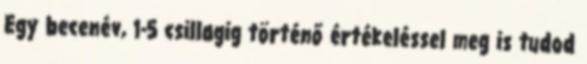
Egy becenév, 1-5 csillagig történő értékeléssel meg is tudod